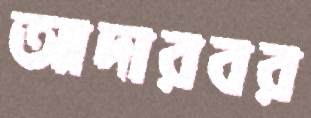
আদারবর